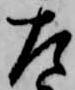
左